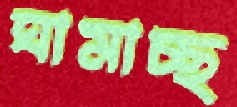
ঘামাচ্ছ